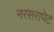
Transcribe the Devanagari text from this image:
नरसरापेट